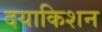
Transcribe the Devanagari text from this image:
दयाकिशन